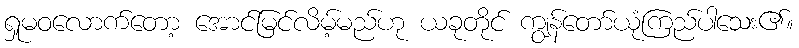
ရှုမဝလောက်တော့ အောင်မြင်လိမ့်မည်ဟု ယခုတိုင် ကျွန်တော်ယုံကြည်ပါသေး၏။